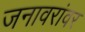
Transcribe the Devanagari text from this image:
जनावरांवर